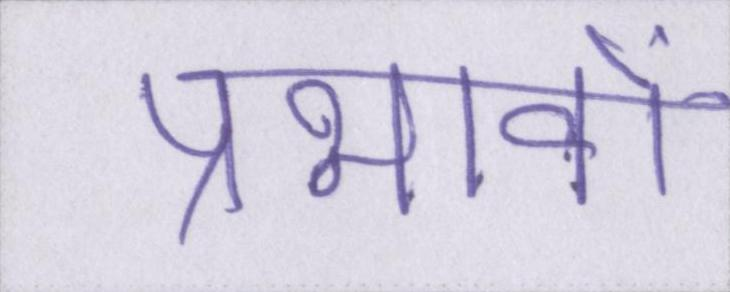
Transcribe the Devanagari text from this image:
प्रभावों